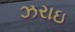
ઝરાઇ